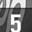
Digit: 5